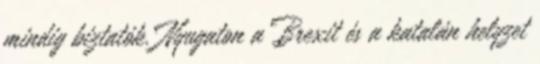
mindig biztatók. Nyugaton a Brexit és a katalán helyzet